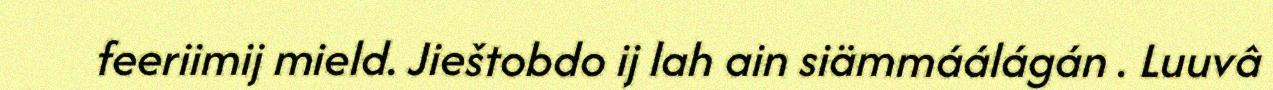
feeriimij mield. Jieštobdo ij lah ain siämmáálágán . Luuvâ